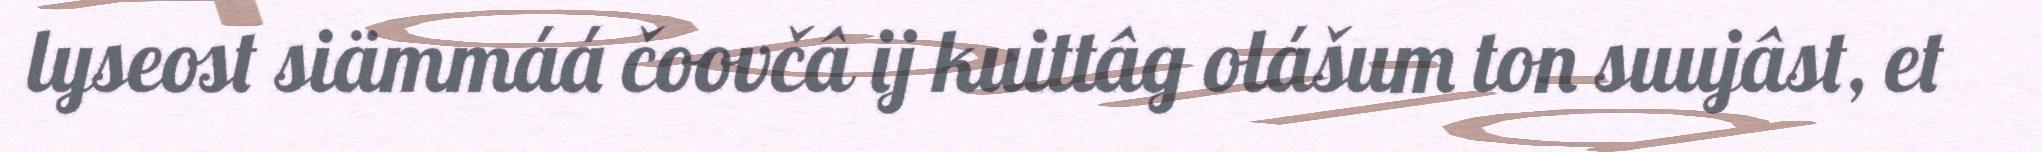
lyseost siämmáá čoovčâ ij kuittâg olášum ton suujâst, et